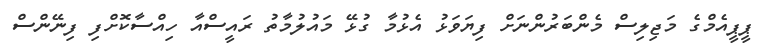
ޕީޕީއެމްގެ މަޖިލިސް މެންބަރުންނަށް ފިޔަވަޅު އެޅުމާ ގުޅޭ މައުލުމާތު ރައީސްއާ ހިއްސާކޮށްފި ފިނޭންސް